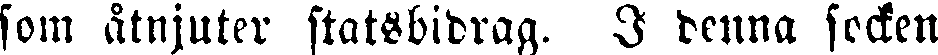
som åtnjuter statsbidrag. I denna socken